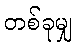
တစ်ခုမျှ